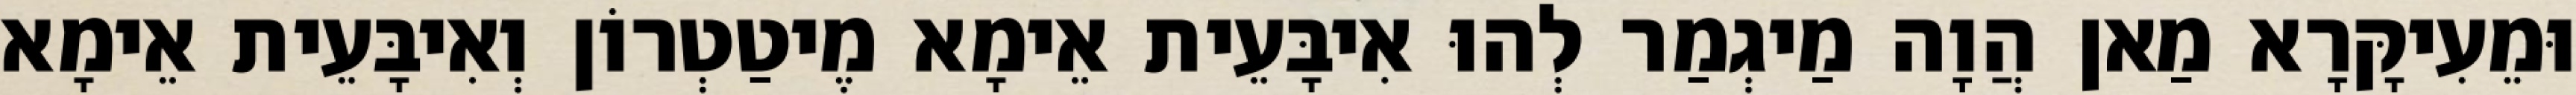
וּמֵעִיקָּרָא מַאן הֲוָה מַיגְמַר לְהוּ אִיבָּעֵית אֵימָא מֶיטַטְרוֹן וְאִיבָּעֵית אֵימָא